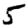
Digit: 5